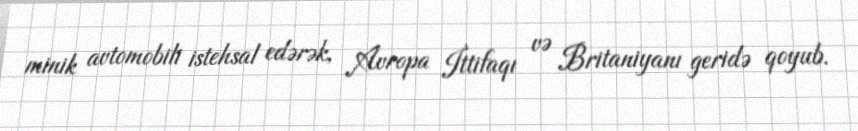
minik avtomobili istehsal edərək, Avropa İttifaqı və Britaniyanı geridə qoyub.